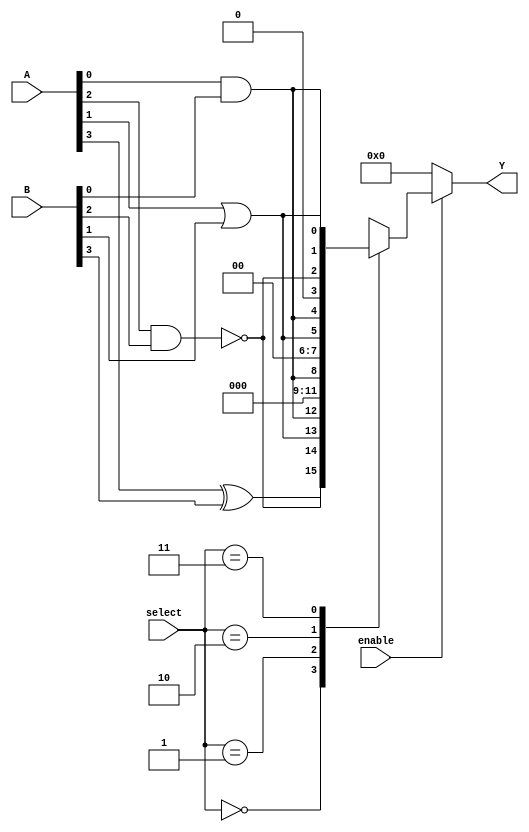
module combinational_logic_block (
    input wire [3:0] A,          // 4-bit input A
    input wire [3:0] B,          // 4-bit input B
    input wire [1:0] select,     // MUX selection lines
    input wire enable,           // Enable signal
    output reg [3:0] Y           // 4-bit output Y
);

    // Internal signals for LUTs
    wire [3:0] lut_out;
    wire [3:0] mux_out;

    // Look-Up Table (LUT) implementation
    // Example: LUT1 = A AND B
    assign lut_out[0] = A[0] & B[0]; // AND function
    assign lut_out[1] = A[1] | B[1]; // OR function
    assign lut_out[2] = ~(A[2] & B[2]); // NAND function
    assign lut_out[3] = A[3] ^ B[3]; // XOR function

    // Multiplexer to select between different LUT outputs based on select lines
    always @(*) begin
        case (select)
            2'b00: mux_out = lut_out;          // Select all LUT outputs
            2'b01: mux_out = {3'b000, lut_out[0]}; // Select LUT0
            2'b10: mux_out = {2'b00, lut_out[1:0]}; // Select LUT1
            2'b11: mux_out = {1'b0, lut_out[2:0]}; // Select LUT2
            default: mux_out = 4'b0000;       // Default case
        endcase
    end

    // Enable control for output
    always @(*) begin
        if (enable) begin
            Y = mux_out; // Output based on MUX selection
        end else begin
            Y = 4'b0000; // Output low if not enabled
        end
    end

endmodule